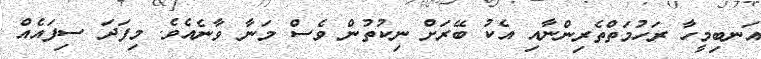
އަނބިމީހާ ރަހުމަތްތެރިންނާއި އެކު ބޭރަށް ނިކުތުން ވެސް މަނާ ވާނެއެވެ. މިފަދަ ސިފައެއް